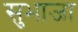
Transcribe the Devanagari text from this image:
सुभाजा